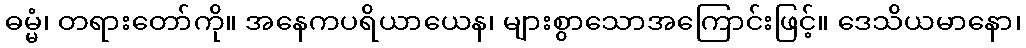
ဓမ္မံ၊ တရားတော်ကို။ အနေကပရိယာယေန၊ များစွာသောအကြောင်းဖြင့်။ ဒေသိယမာနော၊